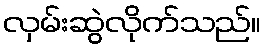
လှမ်းဆွဲလိုက်သည်။